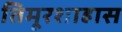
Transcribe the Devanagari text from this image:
तिमूरशाहास